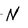
Character: N